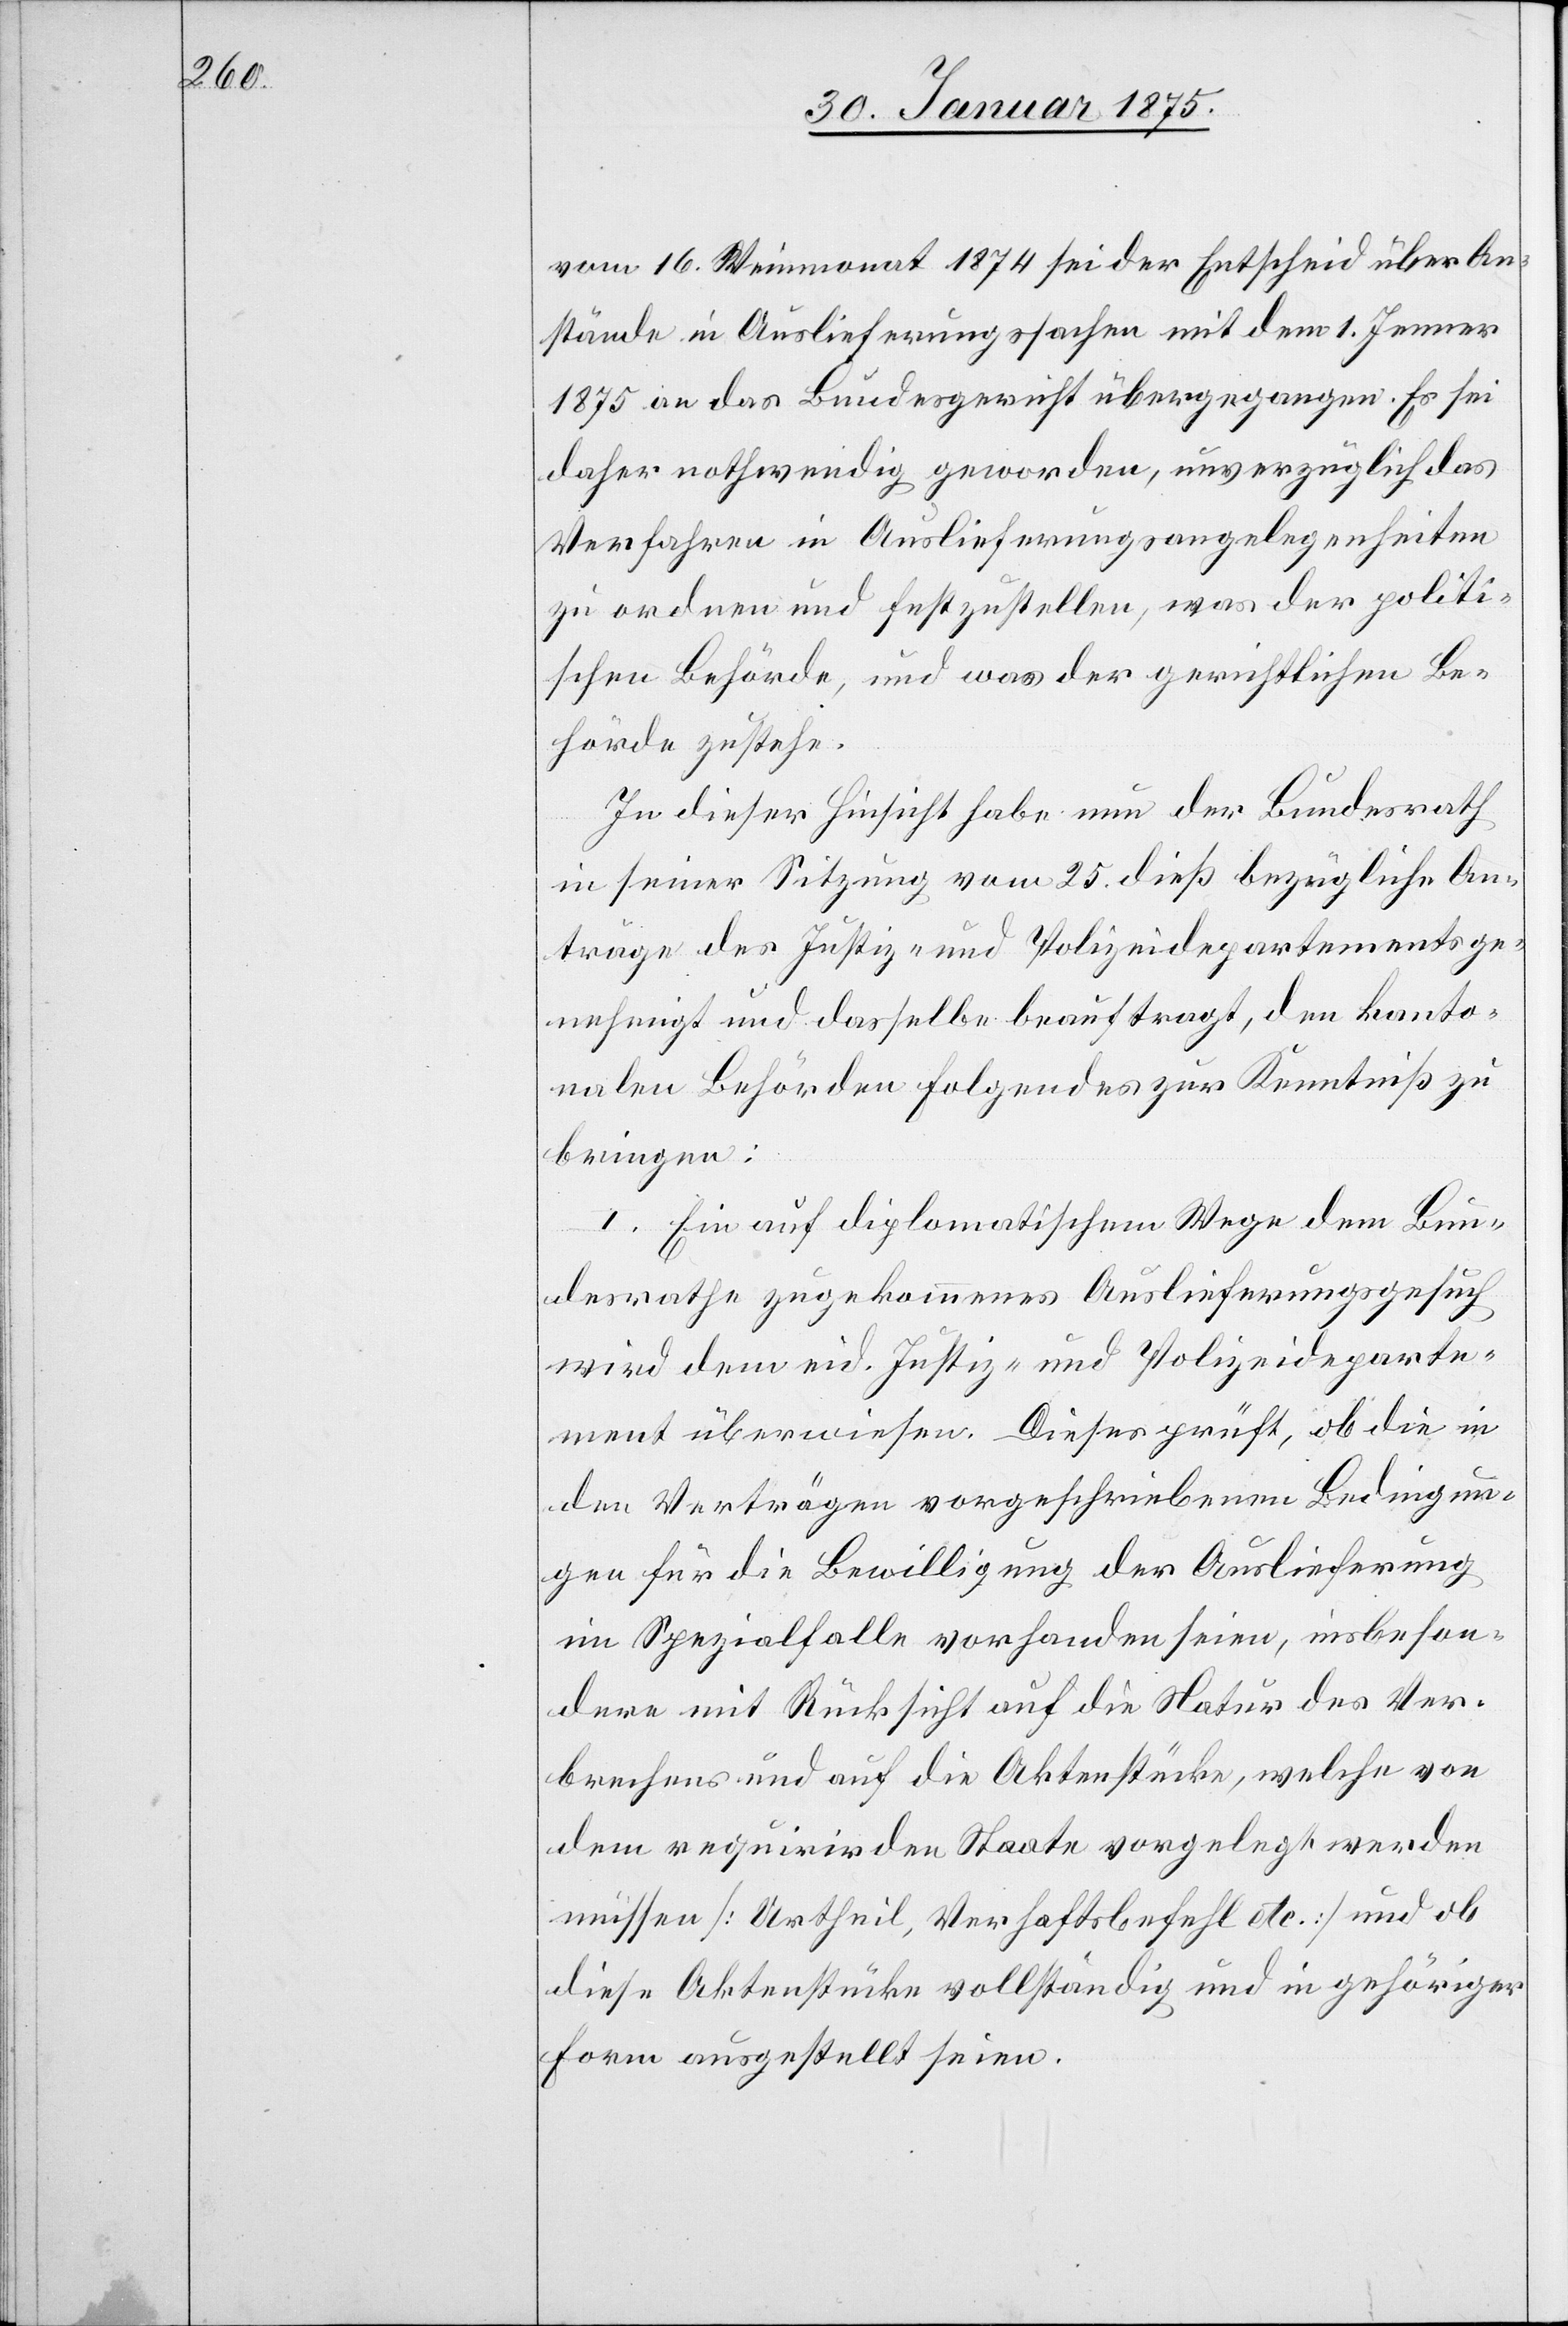
vom 16. Weinmonat 1874 sei der Entscheid über An¬
stände in Auslieferungssachen mit dem 1. Jenner
1875 an das Bundesgericht übergegangen. Es sei
daher nothwendig geworden, unverzüglich das
Verfahren in Auslieferungsangelegenheiten
zu ordnen und festzustellen, was der politi¬
schen Behörde, und was der gerichtlichen Be¬
hörde zustehe.
In dieser Hinsicht habe nun der Bundesrath
in seiner Sitzung vom 25. dieß bezügliche An¬
träge des Justiz- und Polizeidepartements ge¬
nehmigt und dasselbe beauftragt, den kanto¬
nalen Behörden folgendes zur Kenntniß zu
bringen:
I. Ein auf diplomatischem Wege dem Bun¬
desrathe zugekommenes Auslieferungsgesuch
wird dem eid. Justiz- und Polizeideparte¬
ment überwiesen. Dieses prüft, ob die in
den Verträgen vorgeschriebenen Bedingun¬
gen für die Bewilligung der Auslieferung
im Spezialfalle vorhanden seien, insbeson¬
dere mit Rücksicht auf die Natur des Ver¬
brechens und auf die Aktenstücke, welche von
dem requirir[en]den Staate vorgelegt werden
müssen (Urtheil, Verhaftsbefehl etc.) und ob
diese Aktenstücke vollständig und in gehöriger
Form ausgestellt seien.